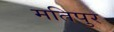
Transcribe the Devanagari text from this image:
मतिपुर